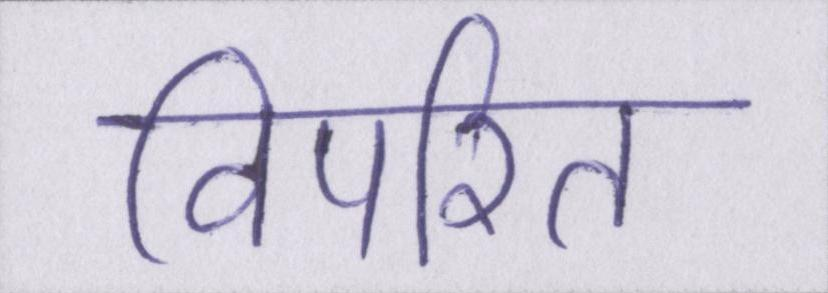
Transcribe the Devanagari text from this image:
विपरित